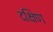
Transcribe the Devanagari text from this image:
दक्षिण्‍ा